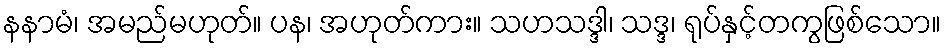
နနာမံ၊ အမည်မဟုတ်။ ပန၊ အဟုတ်ကား။ သဟသဒ္ဒါ၊ သဒ္ဒ၊ ရုပ်နှင့်တကွဖြစ်သော။